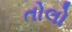
તોલો